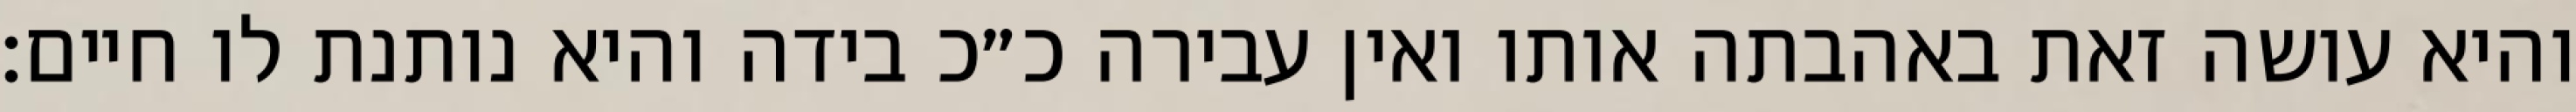
והיא עושה זאת באהבתה אותו ואין עבירה כ״כ בידה והיא נותנת לו חיים: